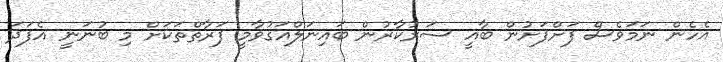
އެހެން ނަމަވެސް ފަށްފަށުން ބާޣީ ސަރުކާރުން ބައިނަލްއަގުވާމީ ފަރާތްތަކަށް މި ބުނަނީ އެފަދަ